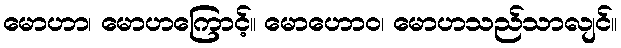
မောဟာ၊ မောဟကြောင့်။ မောဟောဝ၊ မောဟသည်သာလျင်။